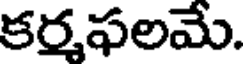
కర్మఫలమే.